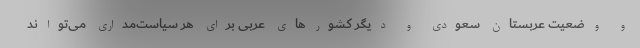
و وضعیت عربستان سعودی و دیگر کشورهای عربی برای هر سیاست‌مداری می‌تواند